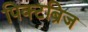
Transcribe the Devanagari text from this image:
पिक्टब्रिज